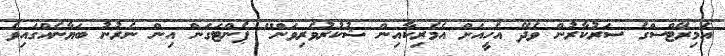
އެމިރޭޓްސްގެ ސަރުކާރުން ވެދޭ އެހީއަށް އެމެރިކާއިން ޝުކުރުވެރިވަން" ޕެންޓަގަން އިން ނެރުނު ބަޔާނެއްގައިވެ